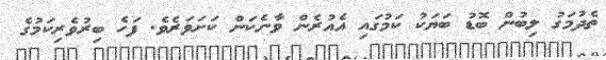
ތެދުމަގު ލިބުން ބޮޑު ބަޔަކު ކަމުގައި އެއުރެން ވާނެކަން ކަށަވަރެވެ. ފަހެ ބިރުވެރިކަމުގެ